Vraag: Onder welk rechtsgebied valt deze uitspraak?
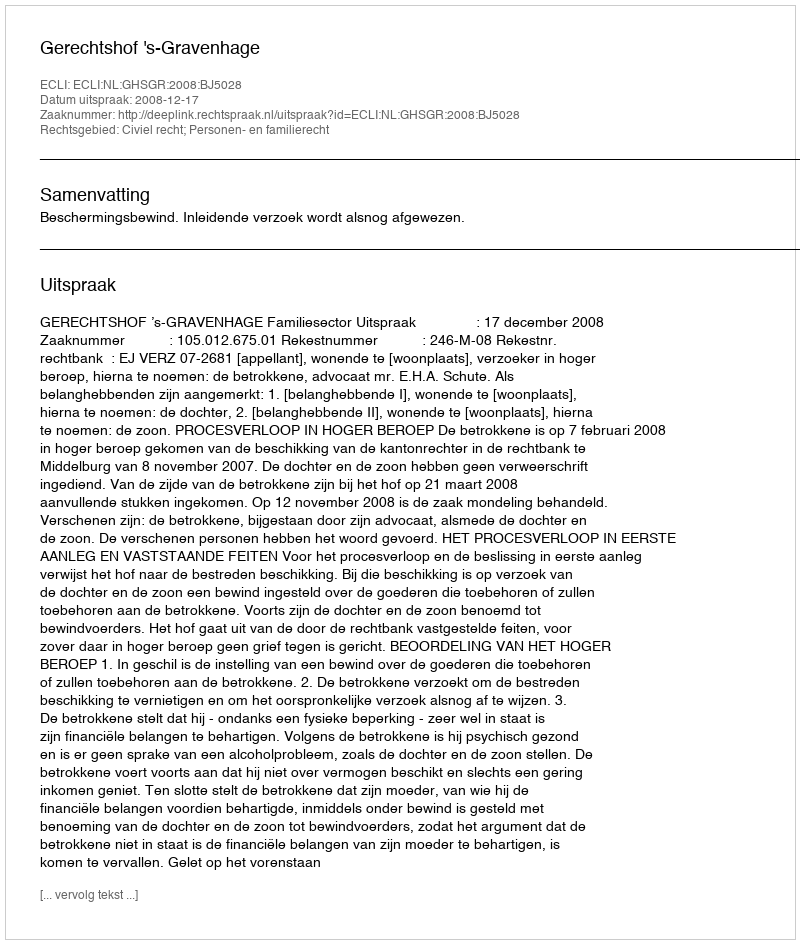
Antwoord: Civiel recht; Personen- en familierecht